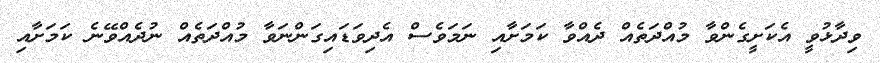
ވިދާޅުވީ އެކަށީގެންވާ މުއްދަތެއް ދެއްވާ ކަމަށާއި ނަމަވެސް އެދިވަޑައިގަންނަވާ މުއްދަތެއް ނުދެެއްވޭނެ ކަމަށާއި